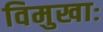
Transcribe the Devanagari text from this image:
विमुखाः